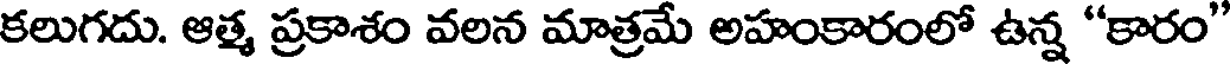
కలుగదు. ఆత్మ ప్రకాశం వలన మాత్రమే అహంకారంలో ఉన్న "కారం"